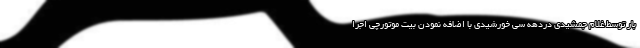
بار توسط غلام جمشیدی دردهه سی خورشیدی با اضافه نمودن بیت موتورچی اجرا